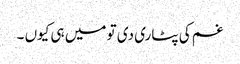
غم کی پٹاری دی تو میں ہی کیوں ۔